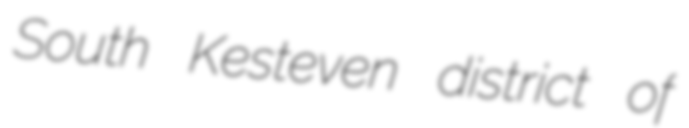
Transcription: South Kesteven district of